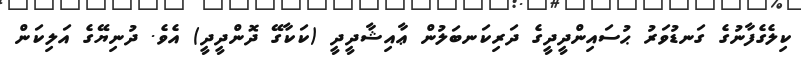
ކިލެގެފާނުގެ ގަނޑުވަރު ޙުސައިންދީދީގެ ދަރިކަނބަލުން ޢާއިޝާދީދީ (ކަކާގޭ ދޮންދީދީ) އެވެ. ދުނިޔޭގެ އަލިކަން